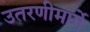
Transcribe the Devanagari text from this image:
उतरणीमार्गे